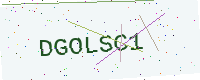
Text: DGOLSC1